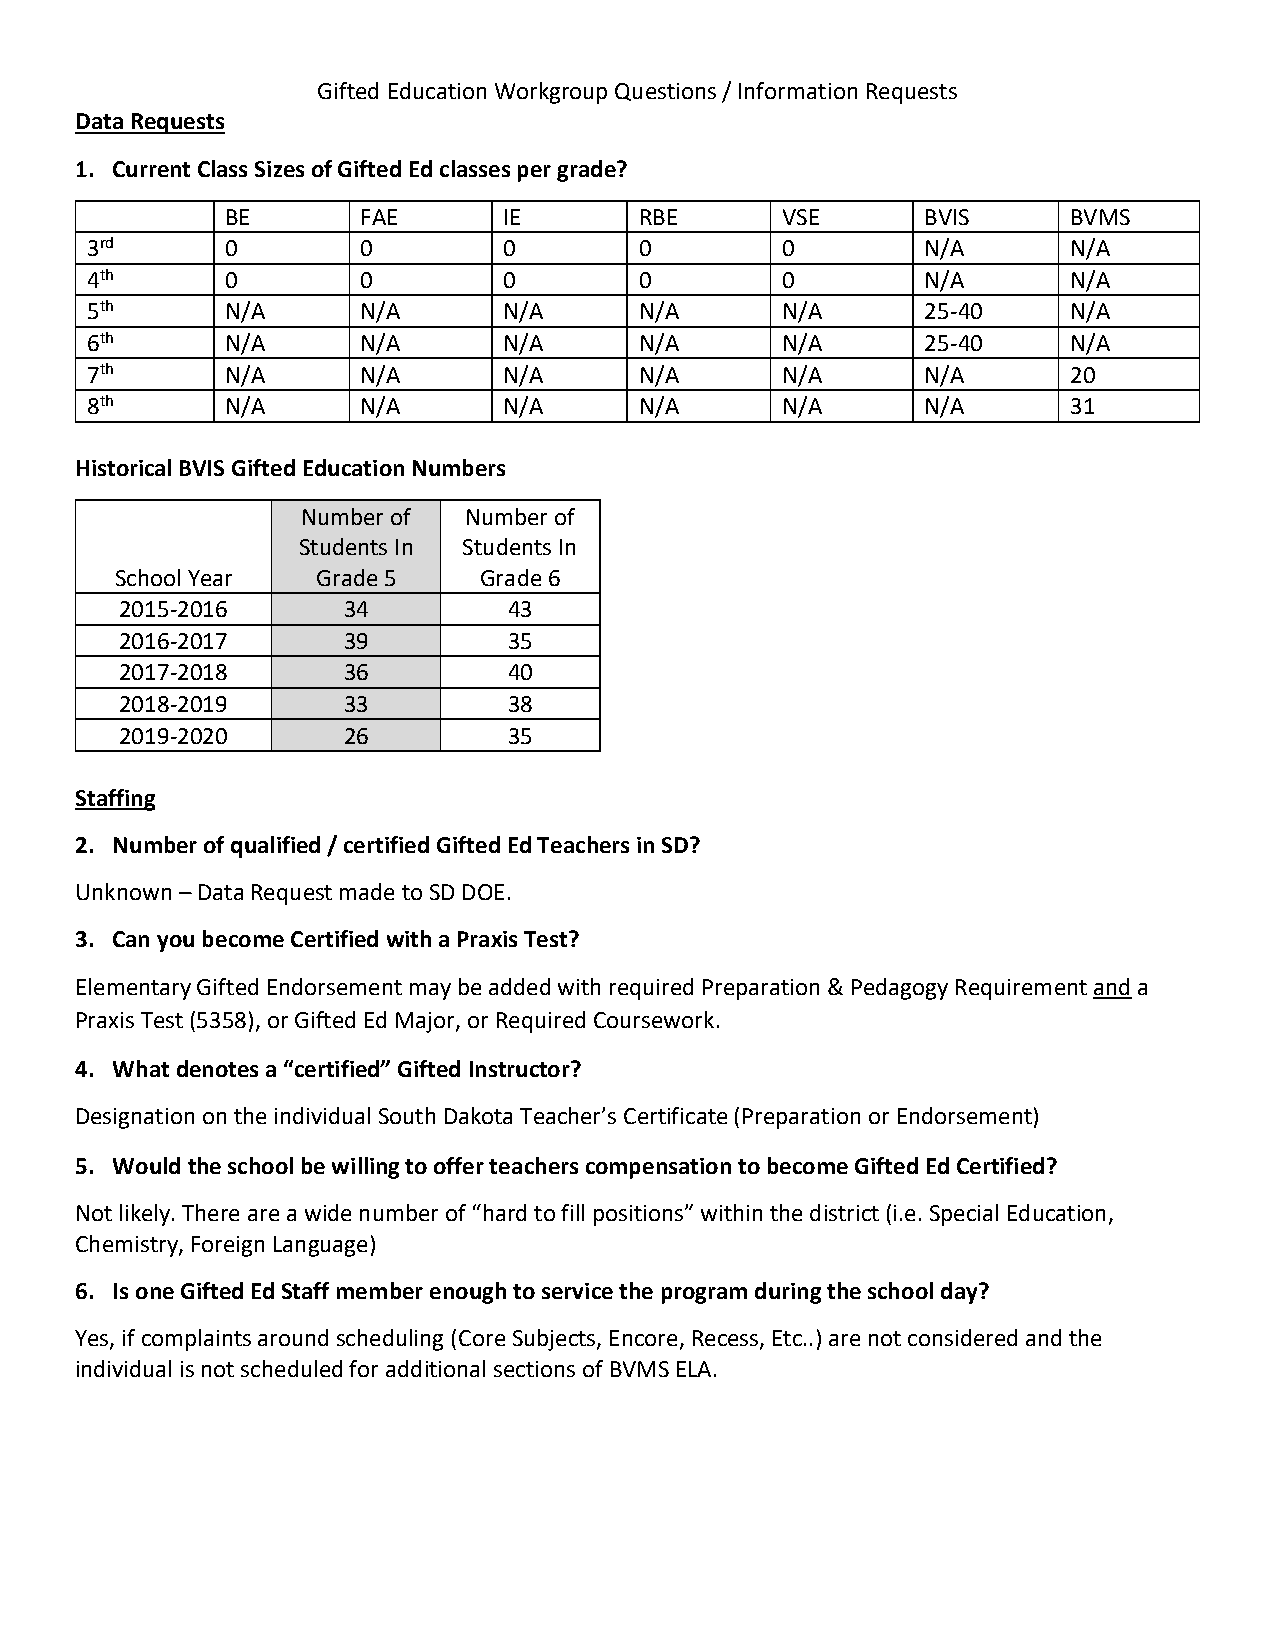
Gifted Education Workgroup Questions / Information Requests
 Data Requests
 1. Current Class Sizes of Gifted Ed classes per grade?
 BE       FAE      IE       RBE       VSE      BVIS      BVMS
 3rd      0        0        0        0         0        N/A       N/A
 4th      0        0        0        0         0        N/A       N/A
 5th      N/A      N/A      N/A      N/A       N/A      25-40     N/A
 6th      N/A      N/A      N/A      N/A       N/A      25-40     N/A
 7th      N/A      N/A      N/A      N/A       N/A      N/A       20
 8th      N/A      N/A      N/A      N/A       N/A      N/A       31
 Historical BVIS Gifted Education Numbers
 Number of  Number of
 Students In Students In
 School Year  Grade 5    Grade 6
 2015-2016      34         43
 2016-2017      39         35
 2017-2018      36         40
 2018-2019      33         38
 2019-2020      26         35
 Staffing
 2. Number of qualified / certified Gifted Ed Teachers in SD?
 Unknown – Data Request made to SD DOE.
 3. Can you become Certified with a Praxis Test?
 Elementary Gifted Endorsement may be added with required Preparation & Pedagogy Requirement and a
 Praxis Test (5358), or Gifted Ed Major, or Required Coursework.
 4. What denotes a “certified” Gifted Instructor?
 Designation on the individual South Dakota Teacher’s Certificate (Preparation or Endorsement)
 5. Would the school be willing to offer teachers compensation to become Gifted Ed Certified?
 Not likely. There are a wide number of “hard to fill positions” within the district (i.e. Special Education,
 Chemistry, Foreign Language)
 6. Is one Gifted Ed Staff member enough to service the program during the school day?
 Yes, if complaints around scheduling (Core Subjects, Encore, Recess, Etc..) are not considered and the
 individual is not scheduled for additional sections of BVMS ELA.